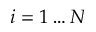
i = 1 \ldots N